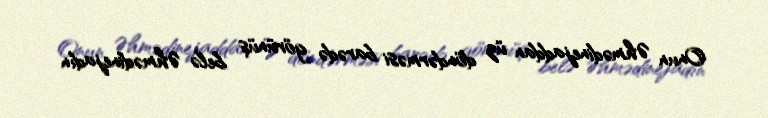
Onun Əhmədinejaddan üz döndərməsi barədə görünüş belə Əhmədinejadın